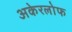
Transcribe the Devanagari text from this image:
अकेरलोफ